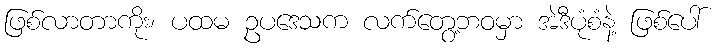
ဖြစ်လာတာကိုး၊ ပထမ ဥပဒေသက လက်တွေ့ဘဝမှာ အဲဒီပုံစံနဲ့ ဖြစ်ပေါ်